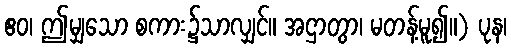
ဧဝ၊ ဤမျှသော စကား၌သာလျှင်။ အဌာတွာ၊ မတန့်မူ၍။) ပုန၊